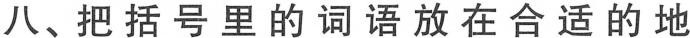
八、把括号里的词语放在合适的地